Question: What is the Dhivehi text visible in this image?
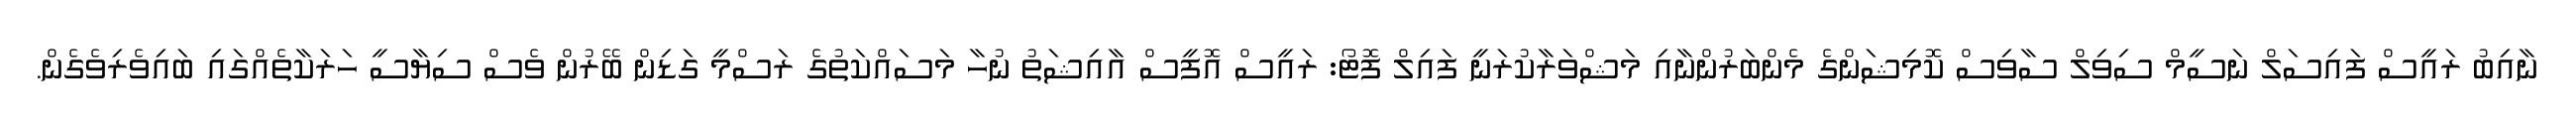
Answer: ނާއިބު ރައީސް ފައިސަލް ނަސީމް ސިވިލް ސާވިސް ކޮމިޝަންގެ މެންބަރުންނާއި މަޝްވަރާކުރަނީ ފައިލް ފޮޓޯ: ރައީސް އޮފީސް އާއިޝަތު ނުހާ މަސައްކަތުގެ ރަސްމީ ގަޑިން ބޭރުން ވެސް ސިޔާސީ ހަރަކާތެއްގައި ބައިވެރިވެގެން.